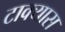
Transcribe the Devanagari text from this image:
टाक्यास